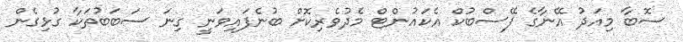
ސޮބާ މިއަދު އޭނާގެ ފޭސްބުކް އެކައުންޓް މެދުވެރިކޮށް ބުނެފައިވަނީ ގިނަ ސަބަބުތަކާ ގުޅިގެން